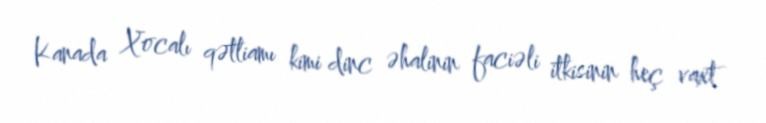
Kanada Xocalı qətliamı kimi dinc əhalinin faciəli itkisinin heç vaxt